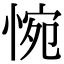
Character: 惋